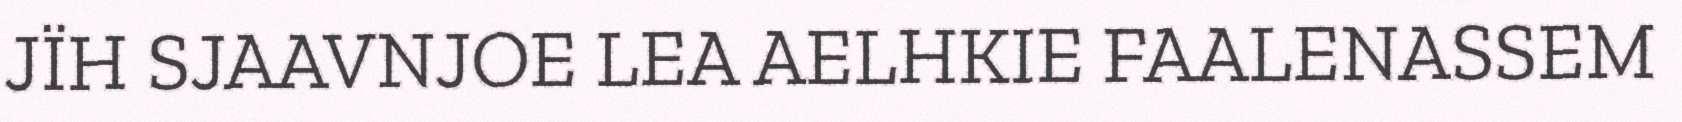
JÏH SJAAVNJOE LEA AELHKIE FAALENASSEM